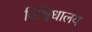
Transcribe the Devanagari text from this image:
विश्विधालय